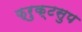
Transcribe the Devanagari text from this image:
फ्रुक्टसुप